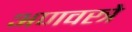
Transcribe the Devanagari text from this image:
अणवस्त्रे